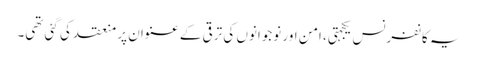
یہ کانفرنس یکجہتی، امن اور نوجوانوں کی ترقی کے عنوان پر منعقد کی گئی تھی۔